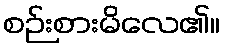
စဉ်းစားမိလေ၏။